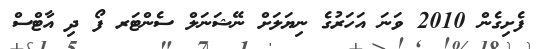
ފެށިގެން 2010 ވަނަ އަހަރުގެ ނިޔަލަށް ނޭޝަނަލް ސެންޓަރ ފޯ ދި އާޓްސް